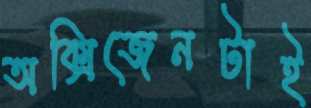
অক্সিজেনটাই